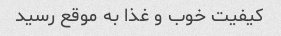
کیفیت خوب و غذا به موقع رسید